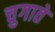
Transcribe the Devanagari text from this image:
चुगाते